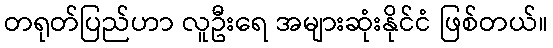
တရုတ်ပြည်ဟာ လူဦးရေ အများဆုံးနိုင်ငံ ဖြစ်တယ်။